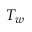
T _ { w }